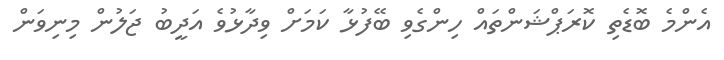
އެންމެ ބޮޑެތި ކޮރަޕްޝަންތައް ހިންގެވި ބޭފުޅާ ކަމަށް ވިދާޅުވެ އަދީބު ޖަލުން މިނިވަން